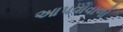
આપવાવાળો